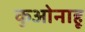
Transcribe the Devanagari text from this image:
कुओनाहू